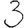
Digit: 3